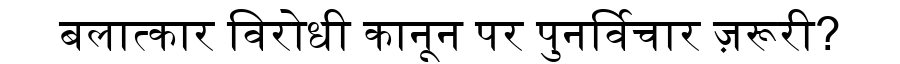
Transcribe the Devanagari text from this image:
बलात्कार विरोधी कानून पर पुनर्विचार ज़रूरी?